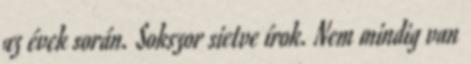
az évek során. Sokszor sietve írok. Nem mindig van